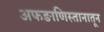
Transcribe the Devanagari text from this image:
अफङाणिस्तानातून